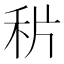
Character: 𥞄